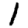
Digit: 1